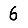
Digit: 6